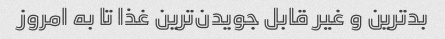
بدترین و غیر قابل جویدن‌ترین غذا تا به امروز